Leprosy in India: report of the Leprosy Commission in India, 1890-91
Year: 1890
Disease focus: Leprosy
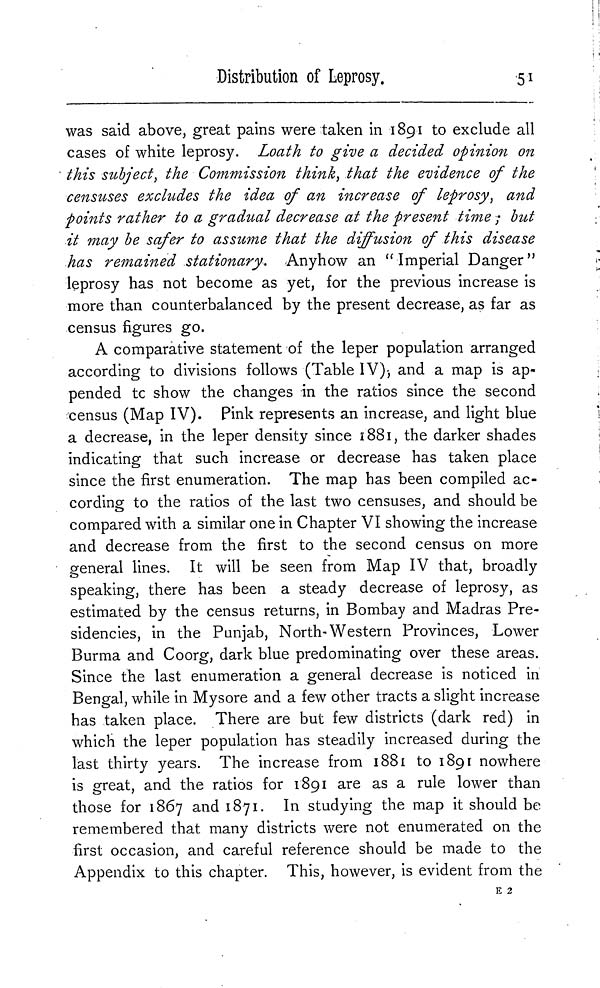
Distribution of Leprosy.
51
was said above, great pains were taken in 1891 to exclude all
cases of white leprosy. Loath to give a decided opinion on
this subject, the Commission think, that the evidence of the
censuses excludes the idea of an increase of leprosy, and
points rather to a gradual decrease at the present time ; but
it may be safer to assume that the diffusion of this disease
has remained stationary. Anyhow an "Imperial Danger"
leprosy has not become as yet, for the previous increase is
more than counterbalanced by the present decrease, as far as
census figures go.
A comparative statement of the leper population arranged
according to divisions follows (Table IV), and a map is ap-
pended to show the changes in the ratios since the second
census (Map IV). Pink represents an increase, and light blue
a decrease, in the leper density since 1881, the darker shades
indicating that such increase or decrease has taken place
since the first enumeration. The map has been compiled ac-
cording to the ratios of the last two censuses, and should be
compared with a similar one in Chapter VI showing the increase
and decrease from the first to the second census on more
general lines. It will be seen from Map IV that, broadly
speaking, there has been a steady decrease of leprosy, as
estimated by the census returns, in Bombay and Madras Pre-
sidencies, in the Punjab, North-Western Provinces, Lower
Burma and Coorg, dark blue predominating over these areas.
Since the last enumeration a general decrease is noticed in
Bengal, while in Mysore and a few other tracts a slight increase
has taken place. There are but few districts (dark red) in
which the leper population has steadily increased during the
last thirty years. The increase from 1881 to 1891 nowhere
is great, and the ratios for 1891 are as a rule lower than
those for 1867 and 1871. In studying the map it should be
remembered that many districts were not enumerated on the
first occasion, and careful reference should be made to the
Appendix to this chapter. This, however, is evident from the
E 2